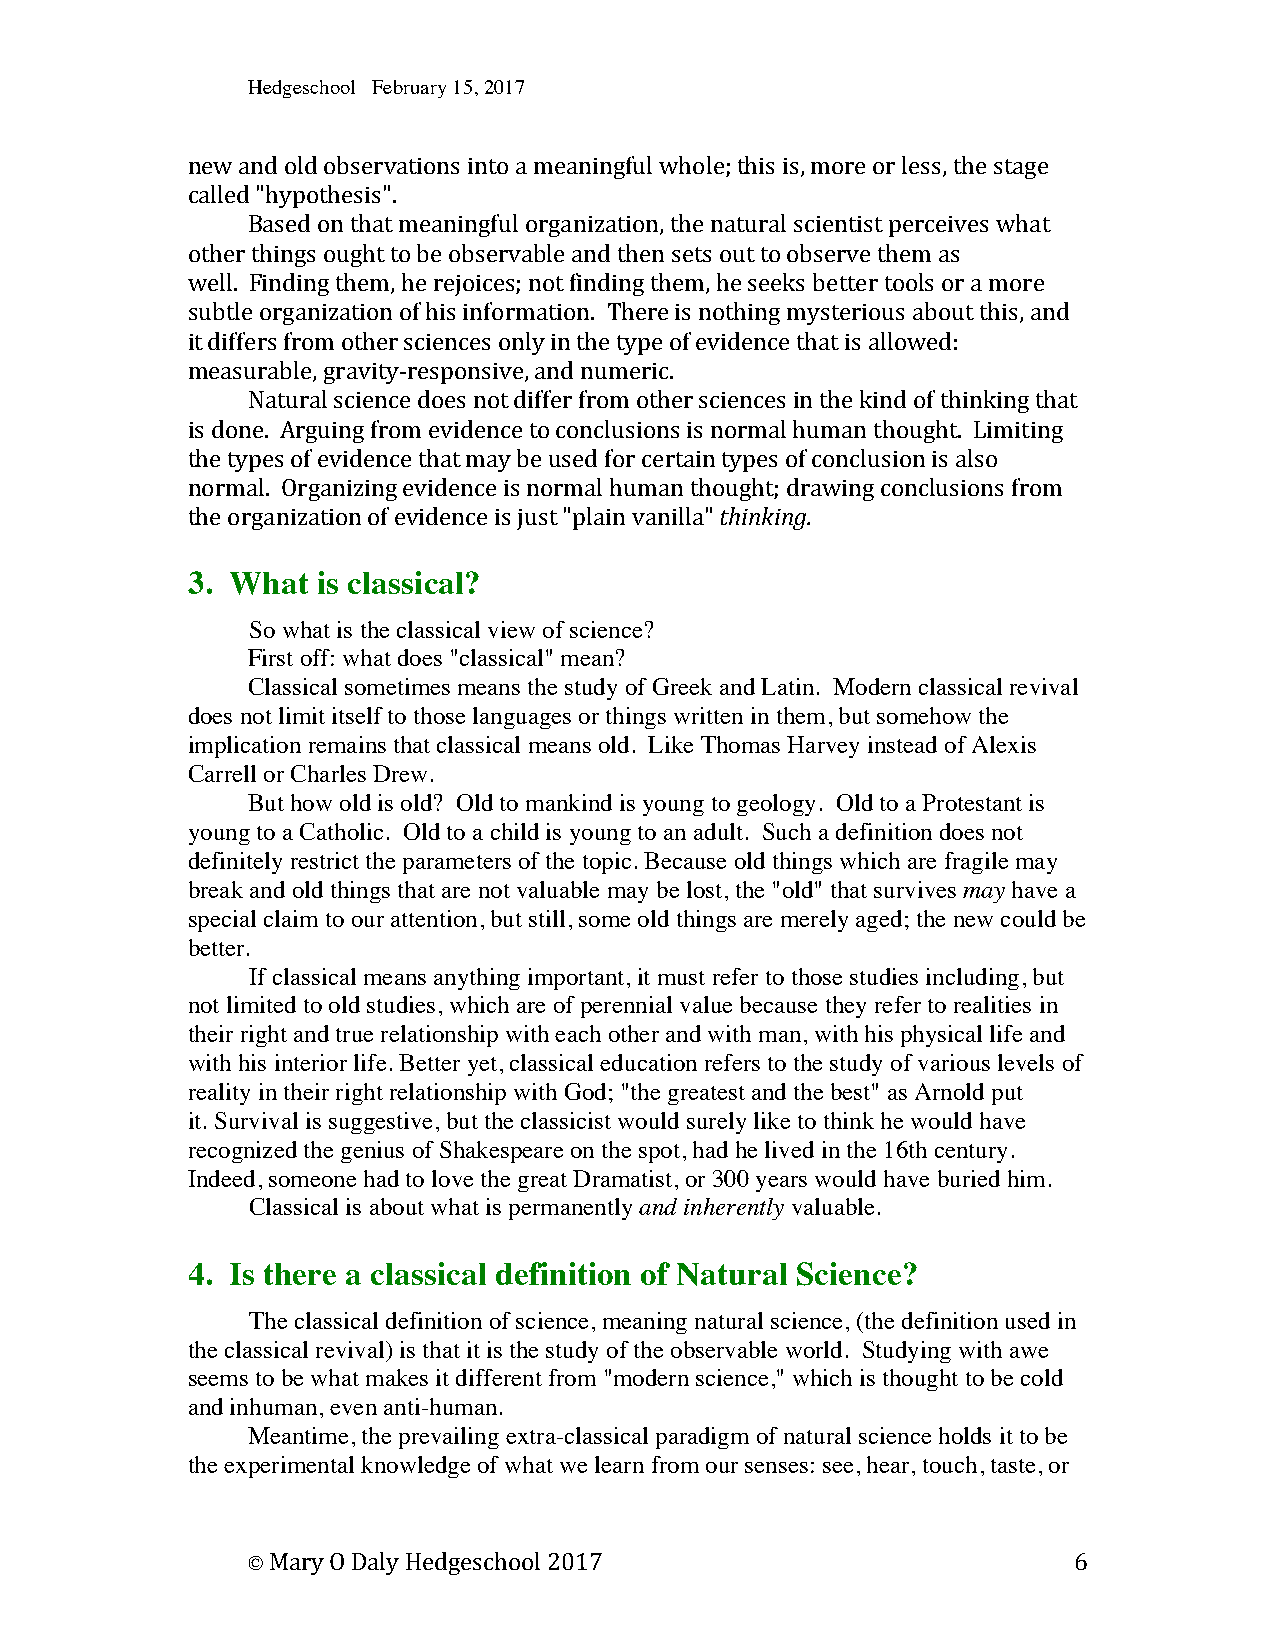
Hedgeschool February 15, 2017
 new and old observations into a meaningful whole; this is, more or less, the stage
 called "hypothesis".
 Based on that meaningful organization, the natural scientist perceives what
 other things ought to be observable and then sets out to observe them as
 well. Finding them, he rejoices; not finding them, he seeks better tools or a more
 subtle organization of his information. There is nothing mysterious about this, and
 it differs from other sciences only in the type of evidence that is allowed:
 measurable, gravity-­‐responsive, and numeric.
 Natural science does not differ from other sciences in the kind of thinking that
 is done. Arguing from evidence to conclusions is normal human thought. Limiting
 the types of evidence that may be used for certain types of conclusion is also
 normal. Organizing evidence is normal human thought; drawing conclusions from
 the organization of evidence is just "plain vanilla" thinking.
 3. What  is classical?
 So what is the classical view of science?
 First off: what does "classical" mean?
 Classical sometimes means the study of Greek and Latin. Modern classical revival
 does not limit itself to those languages or things written in them, but somehow the
 implication remains that classical means old. Like Thomas Harvey instead of Alexis
 Carrell or Charles Drew.
 But how old is old? Old to mankind is young to geology. Old to a Protestant is
 young to a Catholic. Old to a child is young to an adult. Such a definition does not
 definitely restrict the parameters of the topic. Because old things which are fragile may
 break and old things that are not valuable may be lost, the "old" that survives may have a
 special claim to our attention, but still, some old things are merely aged; the new could be
 better.
 If classical means anything important, it must refer to those studies including, but
 not limited to old studies, which are of perennial value because they refer to realities in
 their right and true relationship with each other and with man, with his physical life and
 with his interior life. Better yet, classical education refers to the study of various levels of
 reality in their right relationship with God; "the greatest and the best" as Arnold put
 it. Survival is suggestive, but the classicist would surely like to think he would have
 recognized the genius of Shakespeare on the spot, had he lived in the 16th century.
 Indeed, someone had to love the great Dramatist, or 300 years would have buried him.
 Classical is about what is permanently and inherently valuable.
 4. Is there a classical definition of Natural Science?
 The classical definition of science, meaning natural science, (the definition used in
 the classical revival) is that it is the study of the observable world. Studying with awe
 seems to be what makes it different from "modern science," which is thought to be cold
 and inhuman, even anti-human.
 Meantime, the prevailing extra-classical paradigm of natural science holds it to be
 the experimental knowledge of what we learn from our senses: see, hear, touch, taste, or
 © Mary O Daly Hedgeschool 2017                         6